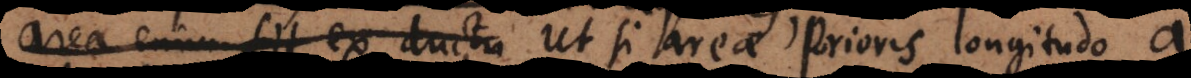
area enim fit ex ductu si areae prioris longitudo a